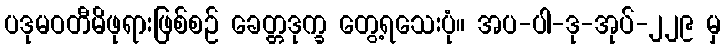
ပဒုမဝတီမိဖုရားဖြစ်စဉ် ခေတ္တဒုက္ခ တွေ့ရသေးပုံ။ အပ-ပါ-ဒု-အုပ်-၂၂၉ မှ